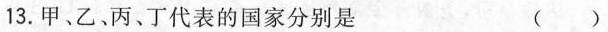
13.甲、乙、丙、丁代表的国家分别是 ( )